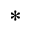
\ast